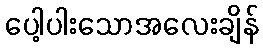
ပေါ့ပါးသောအလေးချိန်